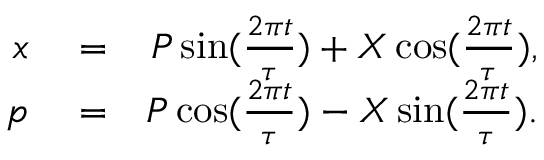
\begin{array} { r l r } { x } & { { } = } & { P \sin ( \frac { 2 \pi t } { \tau } ) + X \cos ( \frac { 2 \pi t } { \tau } ) , } \\ { p } & { { } = } & { P \cos ( \frac { 2 \pi t } { \tau } ) - X \sin ( \frac { 2 \pi t } { \tau } ) . } \end{array}